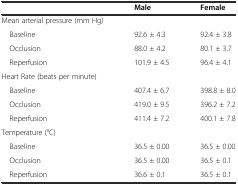
<table><thead><tr><td></td><td><b>Male</b></td><td><b>Female</b></td></tr></thead><tbody><tr><td>Mean arterial pressure (mm Hg)</td><td colspan="2"></td></tr><tr><td> Baseline</td><td>92.6 ± 4.3</td><td>92.4 ± 3.8</td></tr><tr><td> Occlusion</td><td>88.0 ± 4.2</td><td>80.1 ± 3.7</td></tr><tr><td> Reperfusion</td><td>101.9 ± 4.5</td><td>96.4 ± 4.1</td></tr><tr><td>Heart Rate (beats per minute)</td><td colspan="2"></td></tr><tr><td> Baseline</td><td>407.4 ± 6.7</td><td>398.8 ± 8.0</td></tr><tr><td> Occlusion</td><td>419.0 ± 9.5</td><td>396.2 ± 7.2</td></tr><tr><td> Reperfusion</td><td>411.4 ± 7.2</td><td>400.1 ± 7.8</td></tr><tr><td>Temperature (°C)</td><td colspan="2"></td></tr><tr><td> Baseline</td><td>36.5 ± 0.00</td><td>36.5 ± 0.00</td></tr><tr><td> Occlusion</td><td>36.5 ± 0.00</td><td>36.5 ± 0.1</td></tr><tr><td> Reperfusion</td><td>36.6 ± 0.1</td><td>36.5 ± 0.1</td></tr></tbody></table>